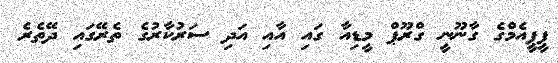
ޕީޕީއެމްގެ ގާނޫނީ ގްރޫޕް މީޑިއާ ގައި އާއި އަދި ސަރުކާރުގެ ތެރޭގައި ދޭތެރެ